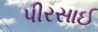
પીરસાઈ